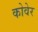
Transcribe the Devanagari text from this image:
कोवेर